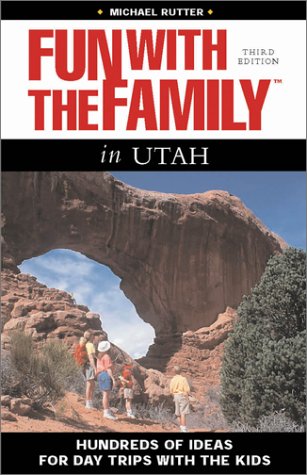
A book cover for Fun with the Family in Utah, 3rd: Hundreds of Ideas for Day Trips with the Kids (Fun with the Family Series); Michael Rutter; Travel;